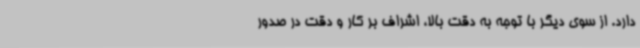
دارد. از سوی دیگر با توجه به دقت بالا، اشراف بر کار و دقت در صدور